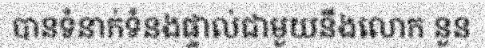
បានទំនាក់ទំនងផ្ទាល់ជាមួយនឹងលោក នួន